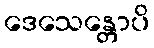
ဒေသေန္တောပိ